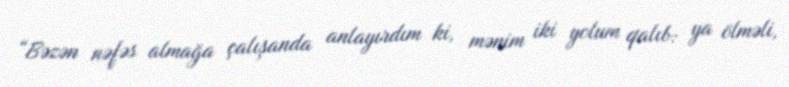
“Bəzən nəfəs almağa çalışanda anlayırdım ki, mənim iki yolum qalıb: ya ölməli,